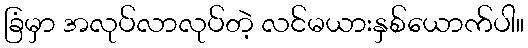
ခြံမှာ အလုပ်လာလုပ်တဲ့ လင်မယားနှစ်ယောက်ပါ။